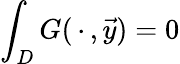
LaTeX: \int_{D}G(\, \cdot\, ,\vec{y})=0